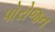
પોરોજન